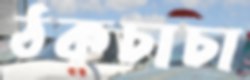
ঠকচাচা